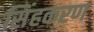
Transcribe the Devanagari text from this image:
सिंहकरण